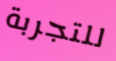
للتجربة